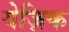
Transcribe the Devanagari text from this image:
येज़िक